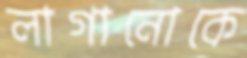
লাগানোকে